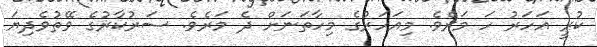
ކުރީ އަހަރު ހަ މަރެވެ. މިއަހަރުގެ މިހާތަނަށް ދެ މަރެވެ. ސަރުކާރުގެ ވޭތުވެދިޔަ